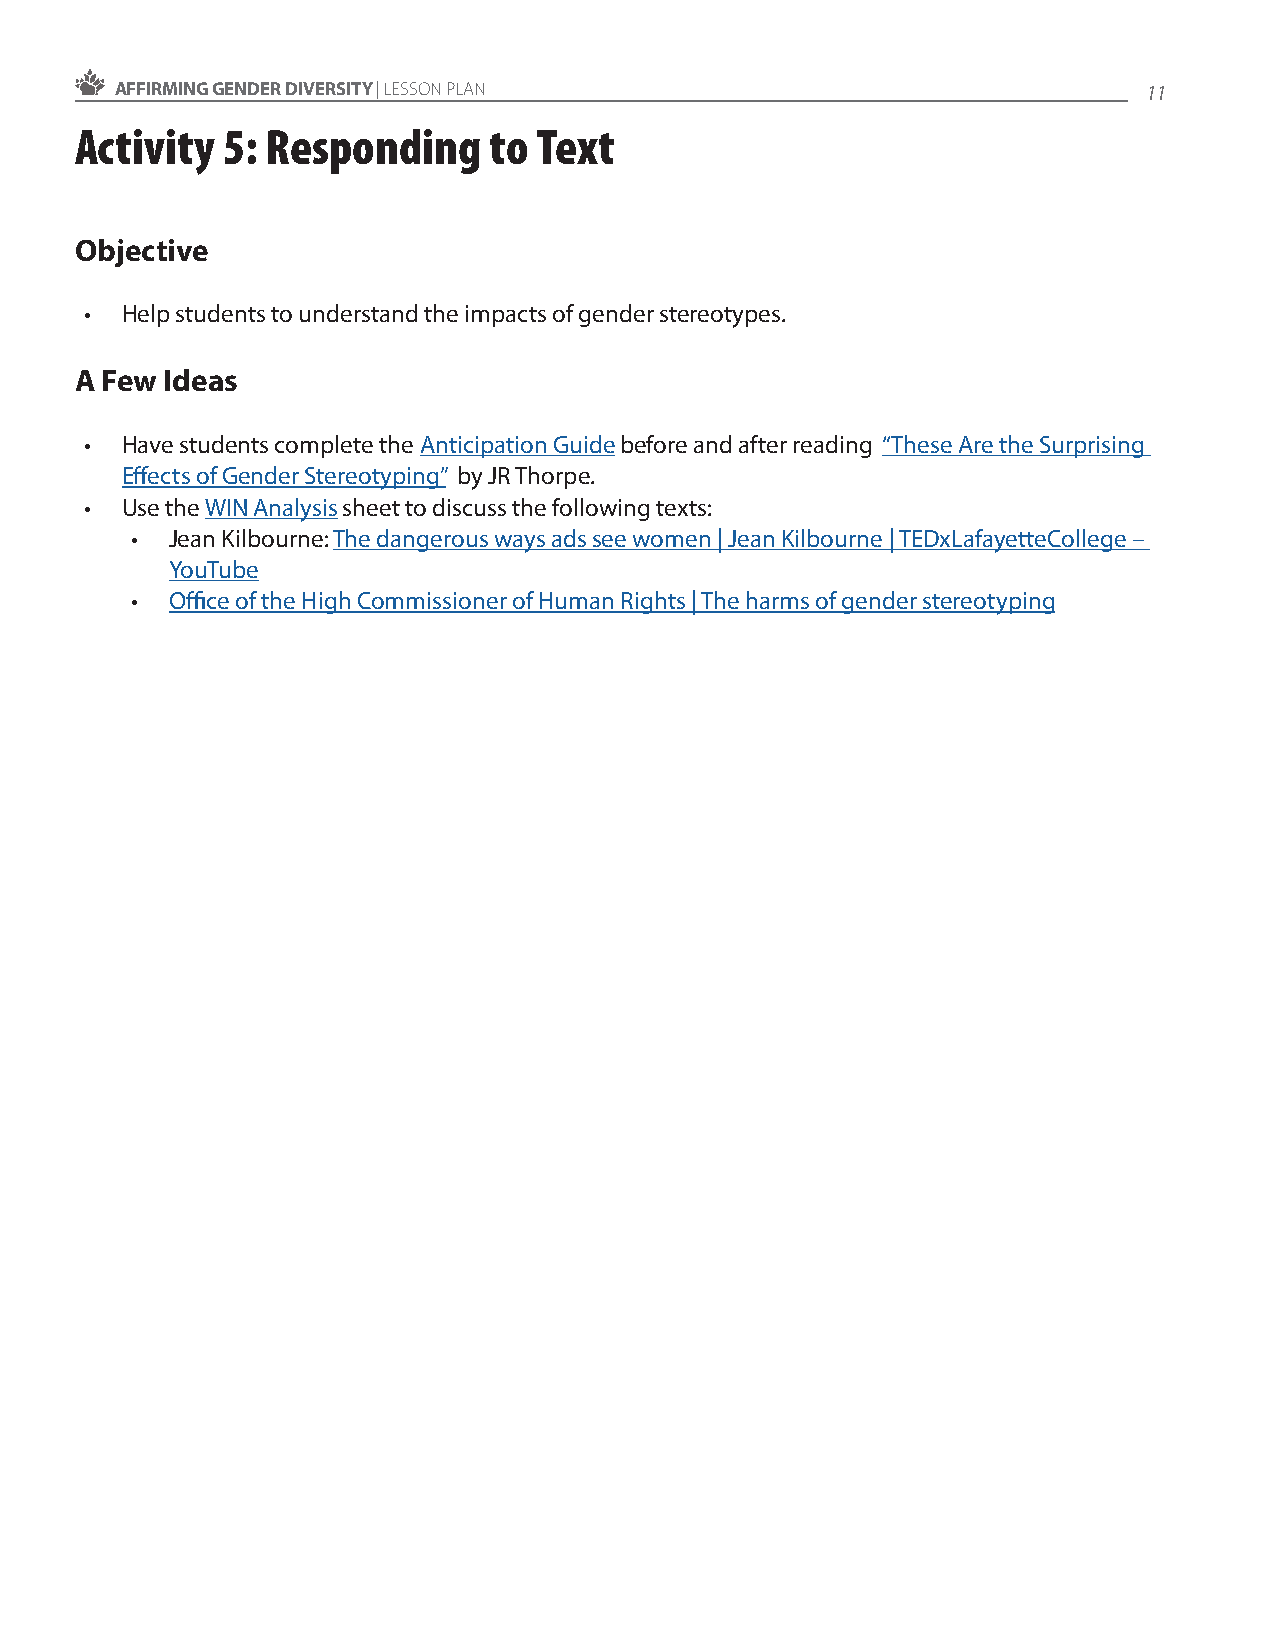
AFFIRMING GENDER DIVERSITY | LESSON PLAN                            11
 Activity  5: Responding    to  Text
 Objective
 • Help students to understand the impacts of gender stereotypes.
 A Few Ideas
 • Have students complete the Anticipation Guide before and after reading “These Are the Surprising
 Effects of Gender Stereotyping” by JR Thorpe.
 • Use the WIN Analysis sheet to discuss the following texts:
 • Jean Kilbourne: The dangerous ways ads see women | Jean Kilbourne | TEDxLafayetteCollege –
 YouTube
 • Office of the High Commissioner of Human Rights | The harms of gender stereotyping